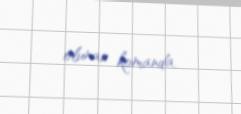
olunan komanda.